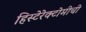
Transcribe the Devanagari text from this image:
हिस्टेरेक्टोमीची